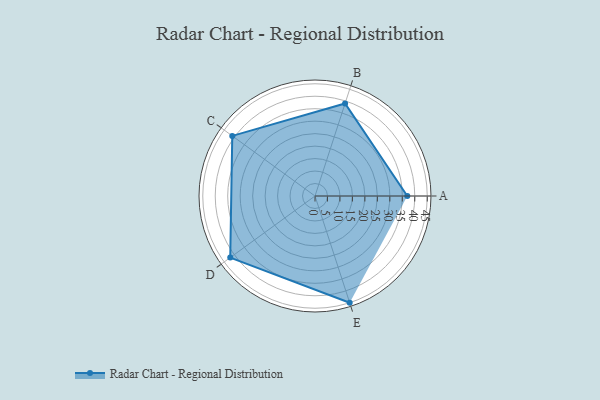
{"axis": {"x": "Skill", "y": "Score"}, "legend": ["Profile"], "data": [{"x": "A", "y": 37.0, "type": "Profile"}, {"x": "B", "y": 39.0, "type": "Profile"}, {"x": "C", "y": 41.0, "type": "Profile"}, {"x": "D", "y": 42.0, "type": "Profile"}, {"x": "E", "y": 45.0, "type": "Profile"}]}